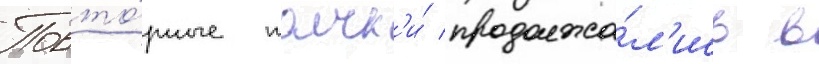
Повто́рные толчк'и́ продолжа́л'ись в